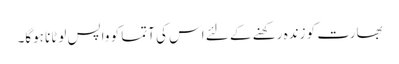
بھارت کو زندہ رکھنے کے لئے اس کی آتما کو واپس لوٹانا ہوگا۔